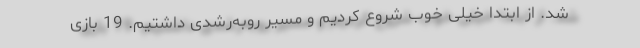
شد. از ابتدا خیلی خوب شروع کردیم و مسیر رو‌به‌رشدی داشتیم. 19 بازی